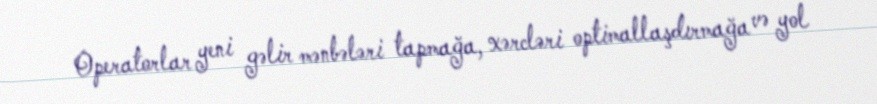
Operatorlar yeni gəlir mənbələri tapmağa, xərcləri optimallaşdırmağa və yol